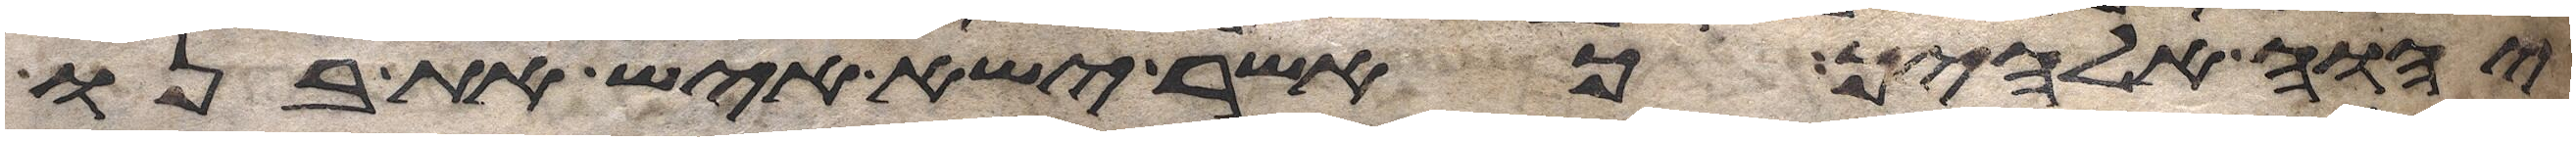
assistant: יהוה אלהיך כאשר ישא איש את בנו